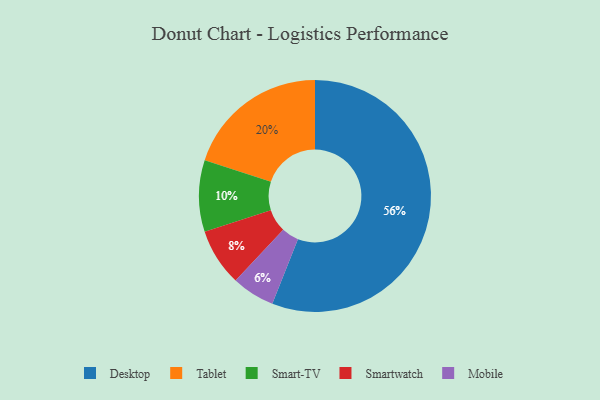
{"axis": {"x": "Category", "y": "Percentage"}, "legend": ["Desktop", "Mobile", "Smart-TV", "Smartwatch", "Tablet"], "data": [{"x": "Smart-TV", "y": 10, "type": "Smart-TV"}, {"x": "Tablet", "y": 20, "type": "Tablet"}, {"x": "Mobile", "y": 6, "type": "Mobile"}, {"x": "Desktop", "y": 56, "type": "Desktop"}, {"x": "Smartwatch", "y": 8, "type": "Smartwatch"}]}